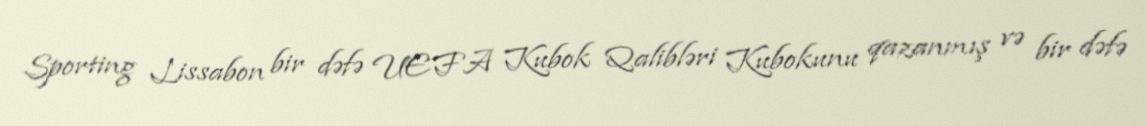
Sporting Lissabon bir dəfə UEFA Kubok Qalibləri Kubokunu qazanmış və bir dəfə